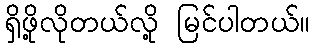
ရှိဖို့လိုတယ်လို့ မြင်ပါတယ်။